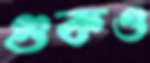
গুকও